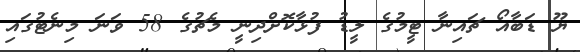
ޔޫ ޑަބާއޯ ޗައިނާ ޓީމުގެ ލީޑު ފުޅާކޮށްދިނީ މެޗުގެ 58 ވަނަ މިނެޓުގައި